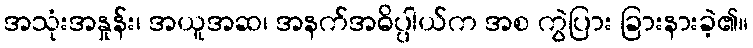
အသုံးအနှုန်း၊ အယူအဆ၊ အနက်အဓိပ္ပါယ်က အစ ကွဲပြား ခြားနားခဲ့၏။